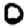
Digit: 0